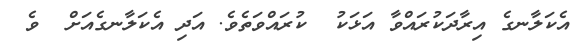
އެކަލާނގެ އިރާދަކުރައްވާ އަޅަކު  ކުރައްވަތެވެ. އަދި އެކަލާނގެއަށް  ވެ